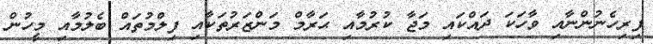
ފިރިހެނުންނާއި ވާހަކަ ދައްކައި މަޖާ ކުރުމާއި ޙަރާމް މަންޒަރުތަކާއި ފިލްމުތައް ބެލުމާއި މީހުން